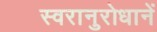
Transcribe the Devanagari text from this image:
स्वरानुरोधानें